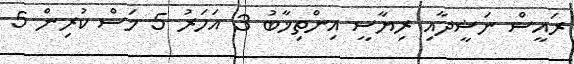
ރައީސް ނަޝީދާއި ރިޔާސީ އިންތިޚާބު 3 އަހަރު 5 މަސް ކުރިން 5